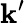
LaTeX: \mathbf{k}^{\prime}